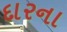
દારના